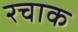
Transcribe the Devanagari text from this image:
रचाक